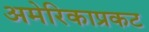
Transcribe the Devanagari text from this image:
अमेरिकाप्रकट